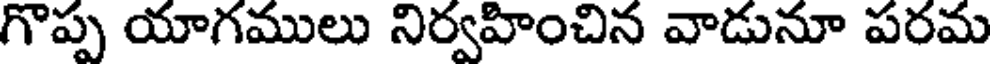
గొప్ప యాగములు నిర్వహించిన వాడునూ పరమ